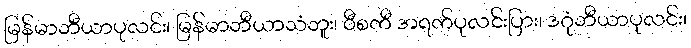
မြန်မာဘီယာပုလင်း၊ မြန်မာဘီယာသံဘူး၊ ဝီစကီ အရက်ပုလင်းပြား၊ ဒဂုံဘီယာပုလင်း၊